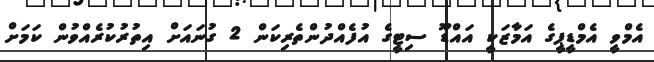
އެމްވީ އެމްޑީޕީގެ އަމާޒަކީ އައްޑޫ ސިޓީގެ އުފެއްދުންތެރިކަން 2 ގުނައަށް އިތުރުކުރެއްވުން ކަމަށް